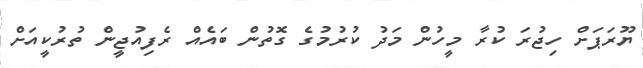
ޔޫރަޕަށް ހިޖުރަ ކުރާ މީހުން މަދު ކުރުމުގެ ގޮތުން ބައެއް ރެފިއުޖީން ތުުރުކީއަށް